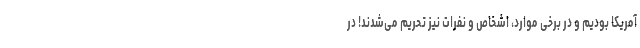
آمریکا بودیم و در برخی موارد، اشخاص و نفرات نیز تحریم می‌شدند! در